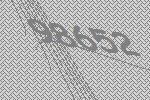
98652